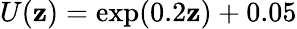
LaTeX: U(\mathbf{z})=\exp(0.2\mathbf{z})+0.05